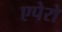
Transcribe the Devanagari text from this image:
एपेरो